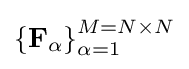
\left\{\mathbf {F} _{\alpha }\right\}_{\alpha =1}^{M=N\times {N}}